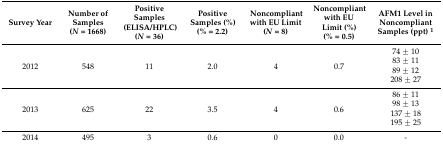
| Survey Year | Number of Samples (N = 1668) | Positive Samples (ELISA/HPLC)(N = 36) | Positive Samples (%)(% = 2.2) | Noncompliant with EU Limit (N = 8) | Noncompliant with EU Limit (%)(% = 0.5) | AFM1 Level in Noncompliant Samples (ppt) 1 |
 | --- | --- | --- | --- | --- | --- | --- |
 | <ROWSPAN=4> 2012 | <ROWSPAN=4> 548 | <ROWSPAN=4> 11 | <ROWSPAN=4> 2.0 | <ROWSPAN=4> 4 | <ROWSPAN=4> 0.7 | 74 ± 10 |
 | 83 ± 11 |
 | 89 ± 12 |
 | 208 ± 27 |
 | <ROWSPAN=4> 2013 | <ROWSPAN=4> 625 | <ROWSPAN=4> 22 | <ROWSPAN=4> 3.5 | <ROWSPAN=4> 4 | <ROWSPAN=4> 0.6 | 86 ± 11 |
 | 98 ± 13 |
 | 137 ± 18 |
 | 195 ± 25 |
 | 2014 | 495 | 3 | 0.6 | 0 | 0.0 | - |